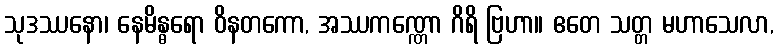
သုဒဿနော၊ နေမိန္ဓရော ဝိနတကော, အဿကဏ္ဏော ဂိရိ ဗြဟာ။ ဧတေ သတ္တ မဟာသေလာ,